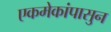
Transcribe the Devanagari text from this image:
एकमेकांपासुन